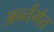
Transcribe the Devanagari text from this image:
अर्न्तर्गत